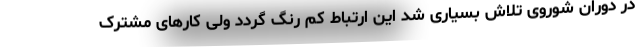
در دوران شوروی تلاش بسیاری شد این ارتباط کم رنگ گردد ولی کارهای مشترک